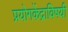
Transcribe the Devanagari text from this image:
प्रयोगकेंद्राविषयी